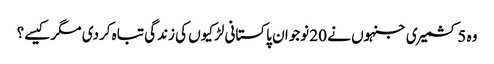
وہ 5 کشمیری جنہوں نے 20 نوجوان پاکستانی لڑکیوں کی زندگی تباہ کردی مگر کیسے؟